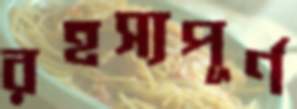
রহস্যপূর্ণ